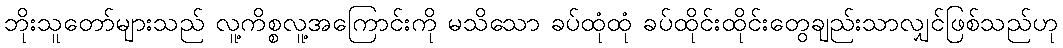
ဘိုးသူတော်များသည် လူ့ကိစ္စလူ့အကြောင်းကို မသိသော ခပ်ထုံထုံ ခပ်ထိုင်းထိုင်းတွေချည်းသာလျှင်ဖြစ်သည်ဟု